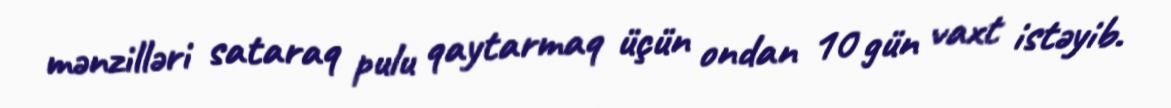
mənzilləri sataraq pulu qaytarmaq üçün ondan 10 gün vaxt istəyib.